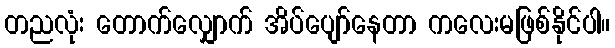
တညလုံး တောက်လျှောက် အိပ်ပျော်နေတာ ကလေးမဖြစ်နိုင်ပါ။